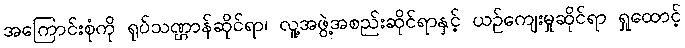
အကြောင်းစုံကို ရုပ်သဏ္ဌာန်ဆိုင်ရာ၊ လူ့အဖွဲ့အစည်းဆိုင်ရာနှင့် ယဉ်ကျေးမှုဆိုင်ရာ ရှုထောင့်